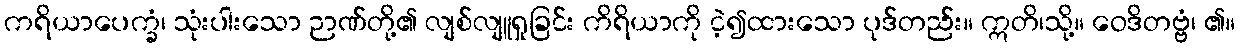
ကရိယာပေက္ခံ၊ သုံးပါးသော ဉာဏ်တို့၏ လျစ်လျူရှုခြင်း ကိရိယာကို ငဲ့၍ထားသော ပုဒ်တည်း။ ဣတိ၊သို့။ ဝေဒိတဗ္ဗံ၊ ၏။